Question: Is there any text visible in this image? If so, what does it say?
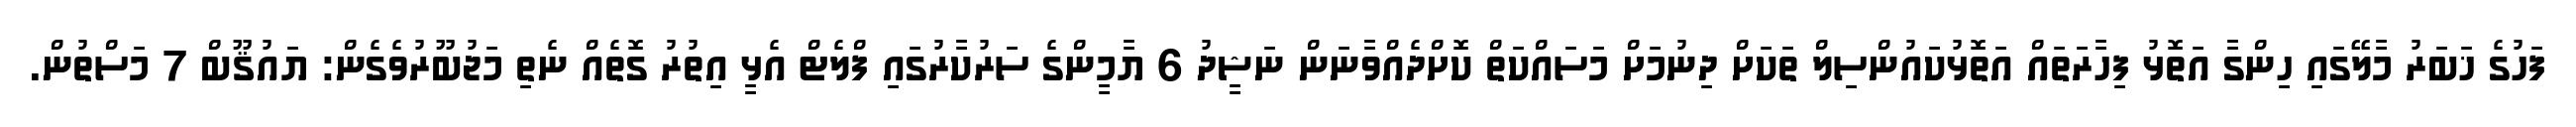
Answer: ފަހުގެ ޚަބަރު މާލޭގައި ހިންގާ އަތޮޅު ފިހާރަތައް އަތޮޅުކައުންސިލް ތަކަށް ދިނުމަށް މަސައްކަތް ކޮށްދެއްވާނަން ނަޝީދު 6 ޔާމީންގެ ސަރުކާރުގައި ފްލެޓް އެޅީ އިތުރު ގޮތެއް ނެތި މަޖުބޫރުވެގެން: ޔައުޤޫބް 7 މަސްތުން.